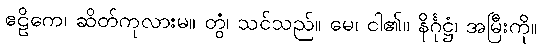
ဧဠိကေ၊ ဆိတ်ကုလားမ။ တွံ၊ သင်သည်။ မေ၊ ငါ၏။ နိင်္ဂုဋ္ဌံ၊ အမြီးကို။